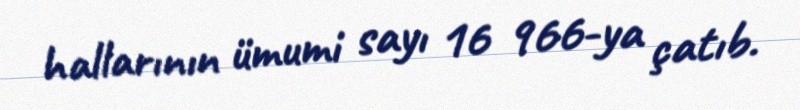
hallarının ümumi sayı 16 966-ya çatıb.